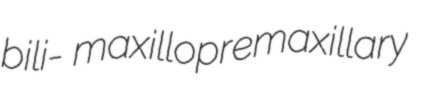
bili- maxillopremaxillary